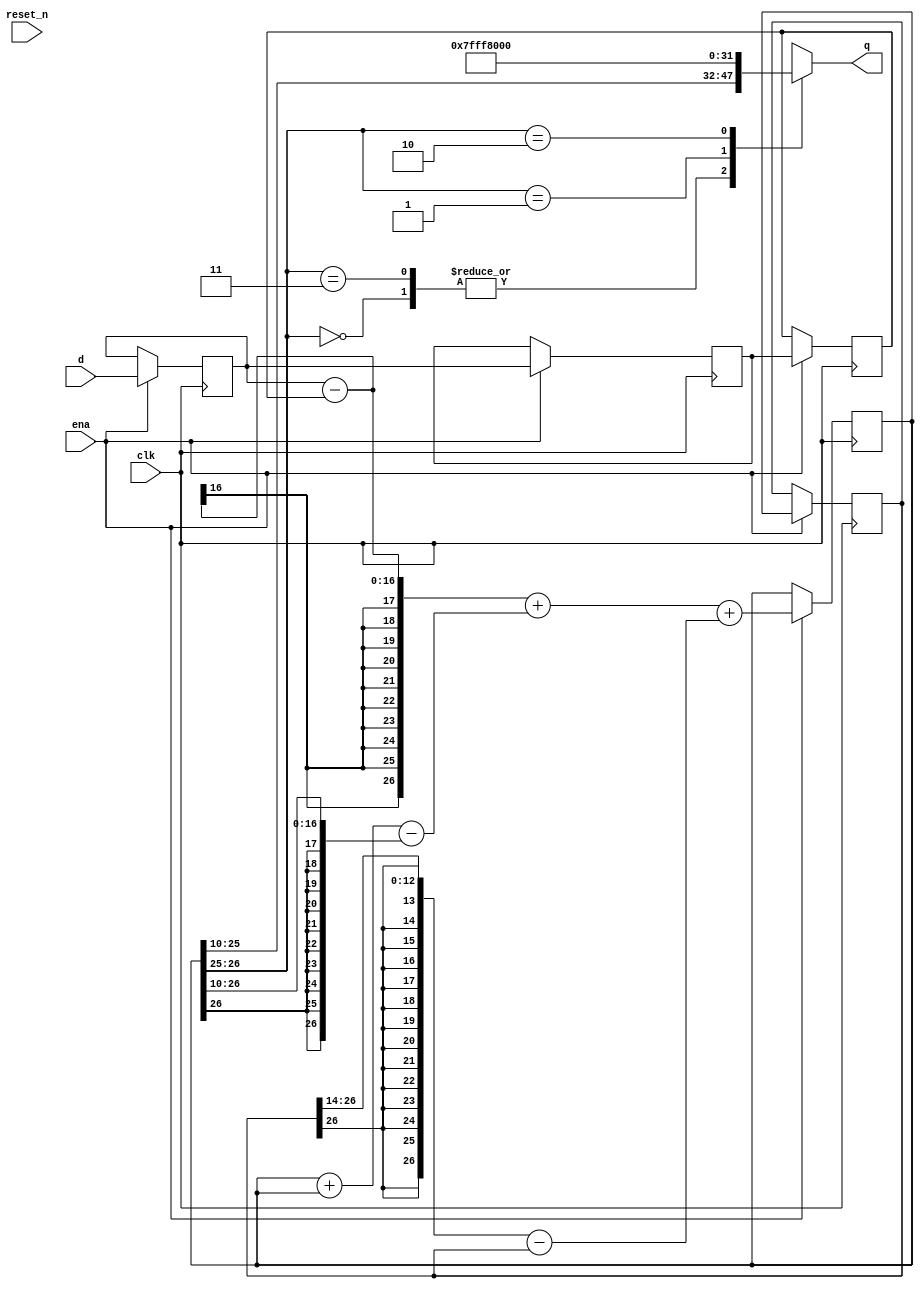
// Simple IIR Bandpass filter
// Copyright 2022 by Alastair M. Robinson

// This program is free software: you can redistribute it and/or modify
// it under the terms of the GNU General Public License as published by
// the Free Software Foundation, either version 3 of the License, or
// (at your option) any later version.
//
// This program is distributed in the hope that they will
// be useful, but WITHOUT ANY WARRANTY; without even the implied warranty
// of MERCHANTABILITY or FITNESS FOR A PARTICULAR PURPOSE.  See the
// GNU General Public License for more details.
//
// You should have received a copy of the GNU General Public License
// along with this program.  If not, see <https://www.gnu.org/licenses/>
//

module iirbandpass #(parameter inputwidth=16, parameter outputwidth=16)
(
	input clk,
	input reset_n,
	input ena,
	input [inputwidth-1:0] d,
	output reg [outputwidth-1:0] q
);

// 13, 11, 12 -> 109Hz
// 13, 10, 12 -> 190Hz
// 13, 9, 12 -> 290Hz
// 13, 8, 12 -> 424Hz
// 13, 7, 12 -> 611Hz
// 13, 6, 12 -> 871Hz
// 13, 5, 12 -> 1237Hz
// 13, 4, 12 -> 1756Hz
// 13, 3, 12 -> 2492Hz

//bpdata_r[23:8]
// 12, 9, 11 -> 269Hz - wider bandpass, breathier sound
// 12, 9, 12 -> 290Hz - Louder
localparam widthdif = outputwidth-inputwidth;
localparam bshift = 10-widthdif;	// Amplitude
localparam a1shift = 10;		// Pitch
localparam a2shift = 14;		// Resonance - but affects the pitch

localparam footroom=bshift;
localparam headroom=1+footroom;

reg [outputwidth-1:0] x_0;
reg [outputwidth-1:0] x_1;
reg [outputwidth-1:0] x_2;
reg [outputwidth+headroom-1:0] y_1;
reg [outputwidth+headroom-1:0] y_2;

wire [outputwidth+headroom-1:0] x_0_shifted = {{widthdif+bshift+headroom-footroom{1'b0}},x_0[outputwidth-1:bshift-footroom]};
wire [outputwidth+headroom-1:0] x_2_shifted = {{widthdif+bshift+headroom-footroom{1'b0}},x_2[outputwidth-1:bshift-footroom]};
wire [outputwidth+headroom-1:0] y_1_shifted = {{a1shift{y_1[outputwidth+headroom-1]}},y_1[outputwidth+headroom-1:a1shift]};
wire [outputwidth+headroom-1:0] y_2_shifted = {{a2shift{y_2[outputwidth+headroom-1]}},y_2[outputwidth+headroom-1:a2shift]};

wire [outputwidth+headroom-1:0] x_sum = x_0_shifted - x_2_shifted;
wire [outputwidth+headroom-1:0] y2_sum = y_2_shifted - y_2;
wire [outputwidth+headroom-1:0] y1_sum = y_1 + y_1 - y_1_shifted;


always @(*) begin
	case(y_1[outputwidth+footroom:outputwidth+footroom-1])
		2'b00 : q <= y_1[outputwidth+footroom-1:footroom];
		2'b11 : q <= y_1[outputwidth+footroom-1:footroom];
		2'b01 : q <= {1'b0,{outputwidth-1{1'b1}}};
		2'b10 : q <= {1'b1,{outputwidth-1{1'b0}}};
	endcase
end

always @(posedge clk) begin

	if(ena) begin
		x_2<=x_1;
		x_1<=x_0;
		x_0<=d;
		y_2<=y_1;
		y_1 <= x_sum + y1_sum + y2_sum;
	end
end

endmodule